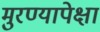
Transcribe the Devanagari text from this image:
मुरण्यापेक्षा